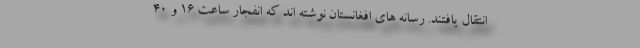
انتقال یافتند. رسانه های افغانستان نوشته اند که انفجار ساعت 16 و 40